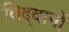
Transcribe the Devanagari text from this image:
विद्‍वानों